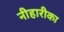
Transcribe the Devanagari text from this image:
नीहारीका